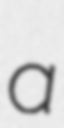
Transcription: a